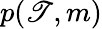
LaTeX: p(\mathscr{T},m)